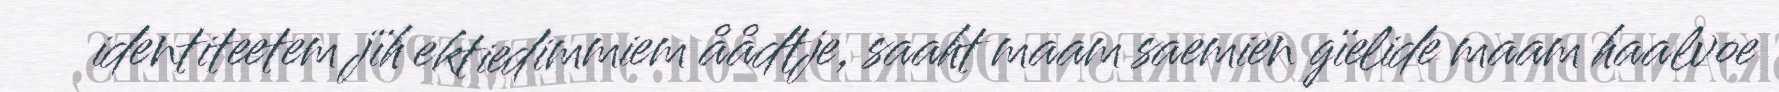
identiteetem jïh ektiedimmiem åådtje, saaht maam saemien gïelide maam haalvoe